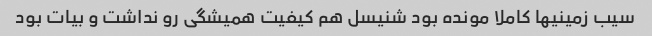
سیب زمینیها کاملا مونده بود شنیسل هم کیفیت همیشگی رو نداشت و بیات بود